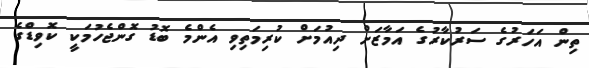
ތިން އަހަރުގެ ސަރުކާރުގެ އަމާޒަށް ދިއުމަށް ކުރިމަތިވި އެންމެ ބޮޑު ގޮންޖެހުމަކީ ކޮވިޑްގެ